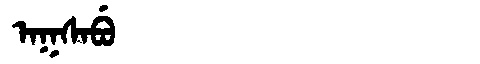
Manchu: ᠠᡴᠰᠠᠪᡠ
Romanization: AKSABU